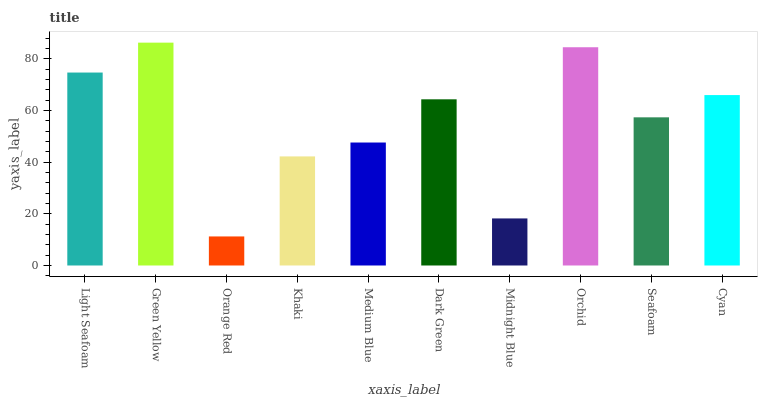
| xaxis_label | bars |
 | --- | --- |
 | Light Seafoam | 74.7 |
 | Green Yellow | 86.3 |
 | Orange Red | 11.2 |
 | Khaki | 42.2 |
 | Medium Blue | 47.6 |
 | Dark Green | 64.3 |
 | Midnight Blue | 18.2 |
 | Orchid | 84.5 |
 | Seafoam | 57.3 |
 | Cyan | 66 |